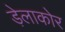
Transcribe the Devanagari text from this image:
ड़ेलाकोर